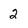
Character: 2